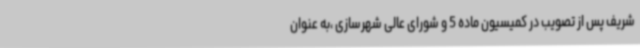
شریف پس از تصویب در کمیسیون ماده 5 و شورای عالی شهرسازی ،به عنوان